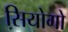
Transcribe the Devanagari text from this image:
सियोगो